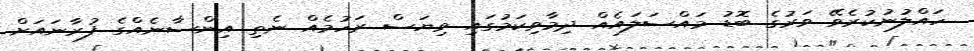
ހައްލުނުކުރެވޭ ވަރުގެ ބޮޑު މައްސަލައެއް ދިމާވިކަމުގައި ވިޔަސް ރަހުމެއް ނެތި އިންސާނެއްގެ ފުރާނައަށް